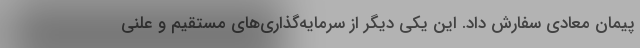
پیمان معادی سفارش داد. این یکی دیگر از سرمایه‌گذاری‌های مستقیم و علنی